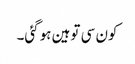
کون سی توہین ہوگئی۔